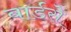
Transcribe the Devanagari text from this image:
बार्डसे